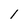
Character: 1